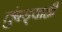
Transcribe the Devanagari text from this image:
तुंबड्याही